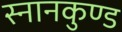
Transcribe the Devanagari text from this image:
स्‍नानकुण्‍ड